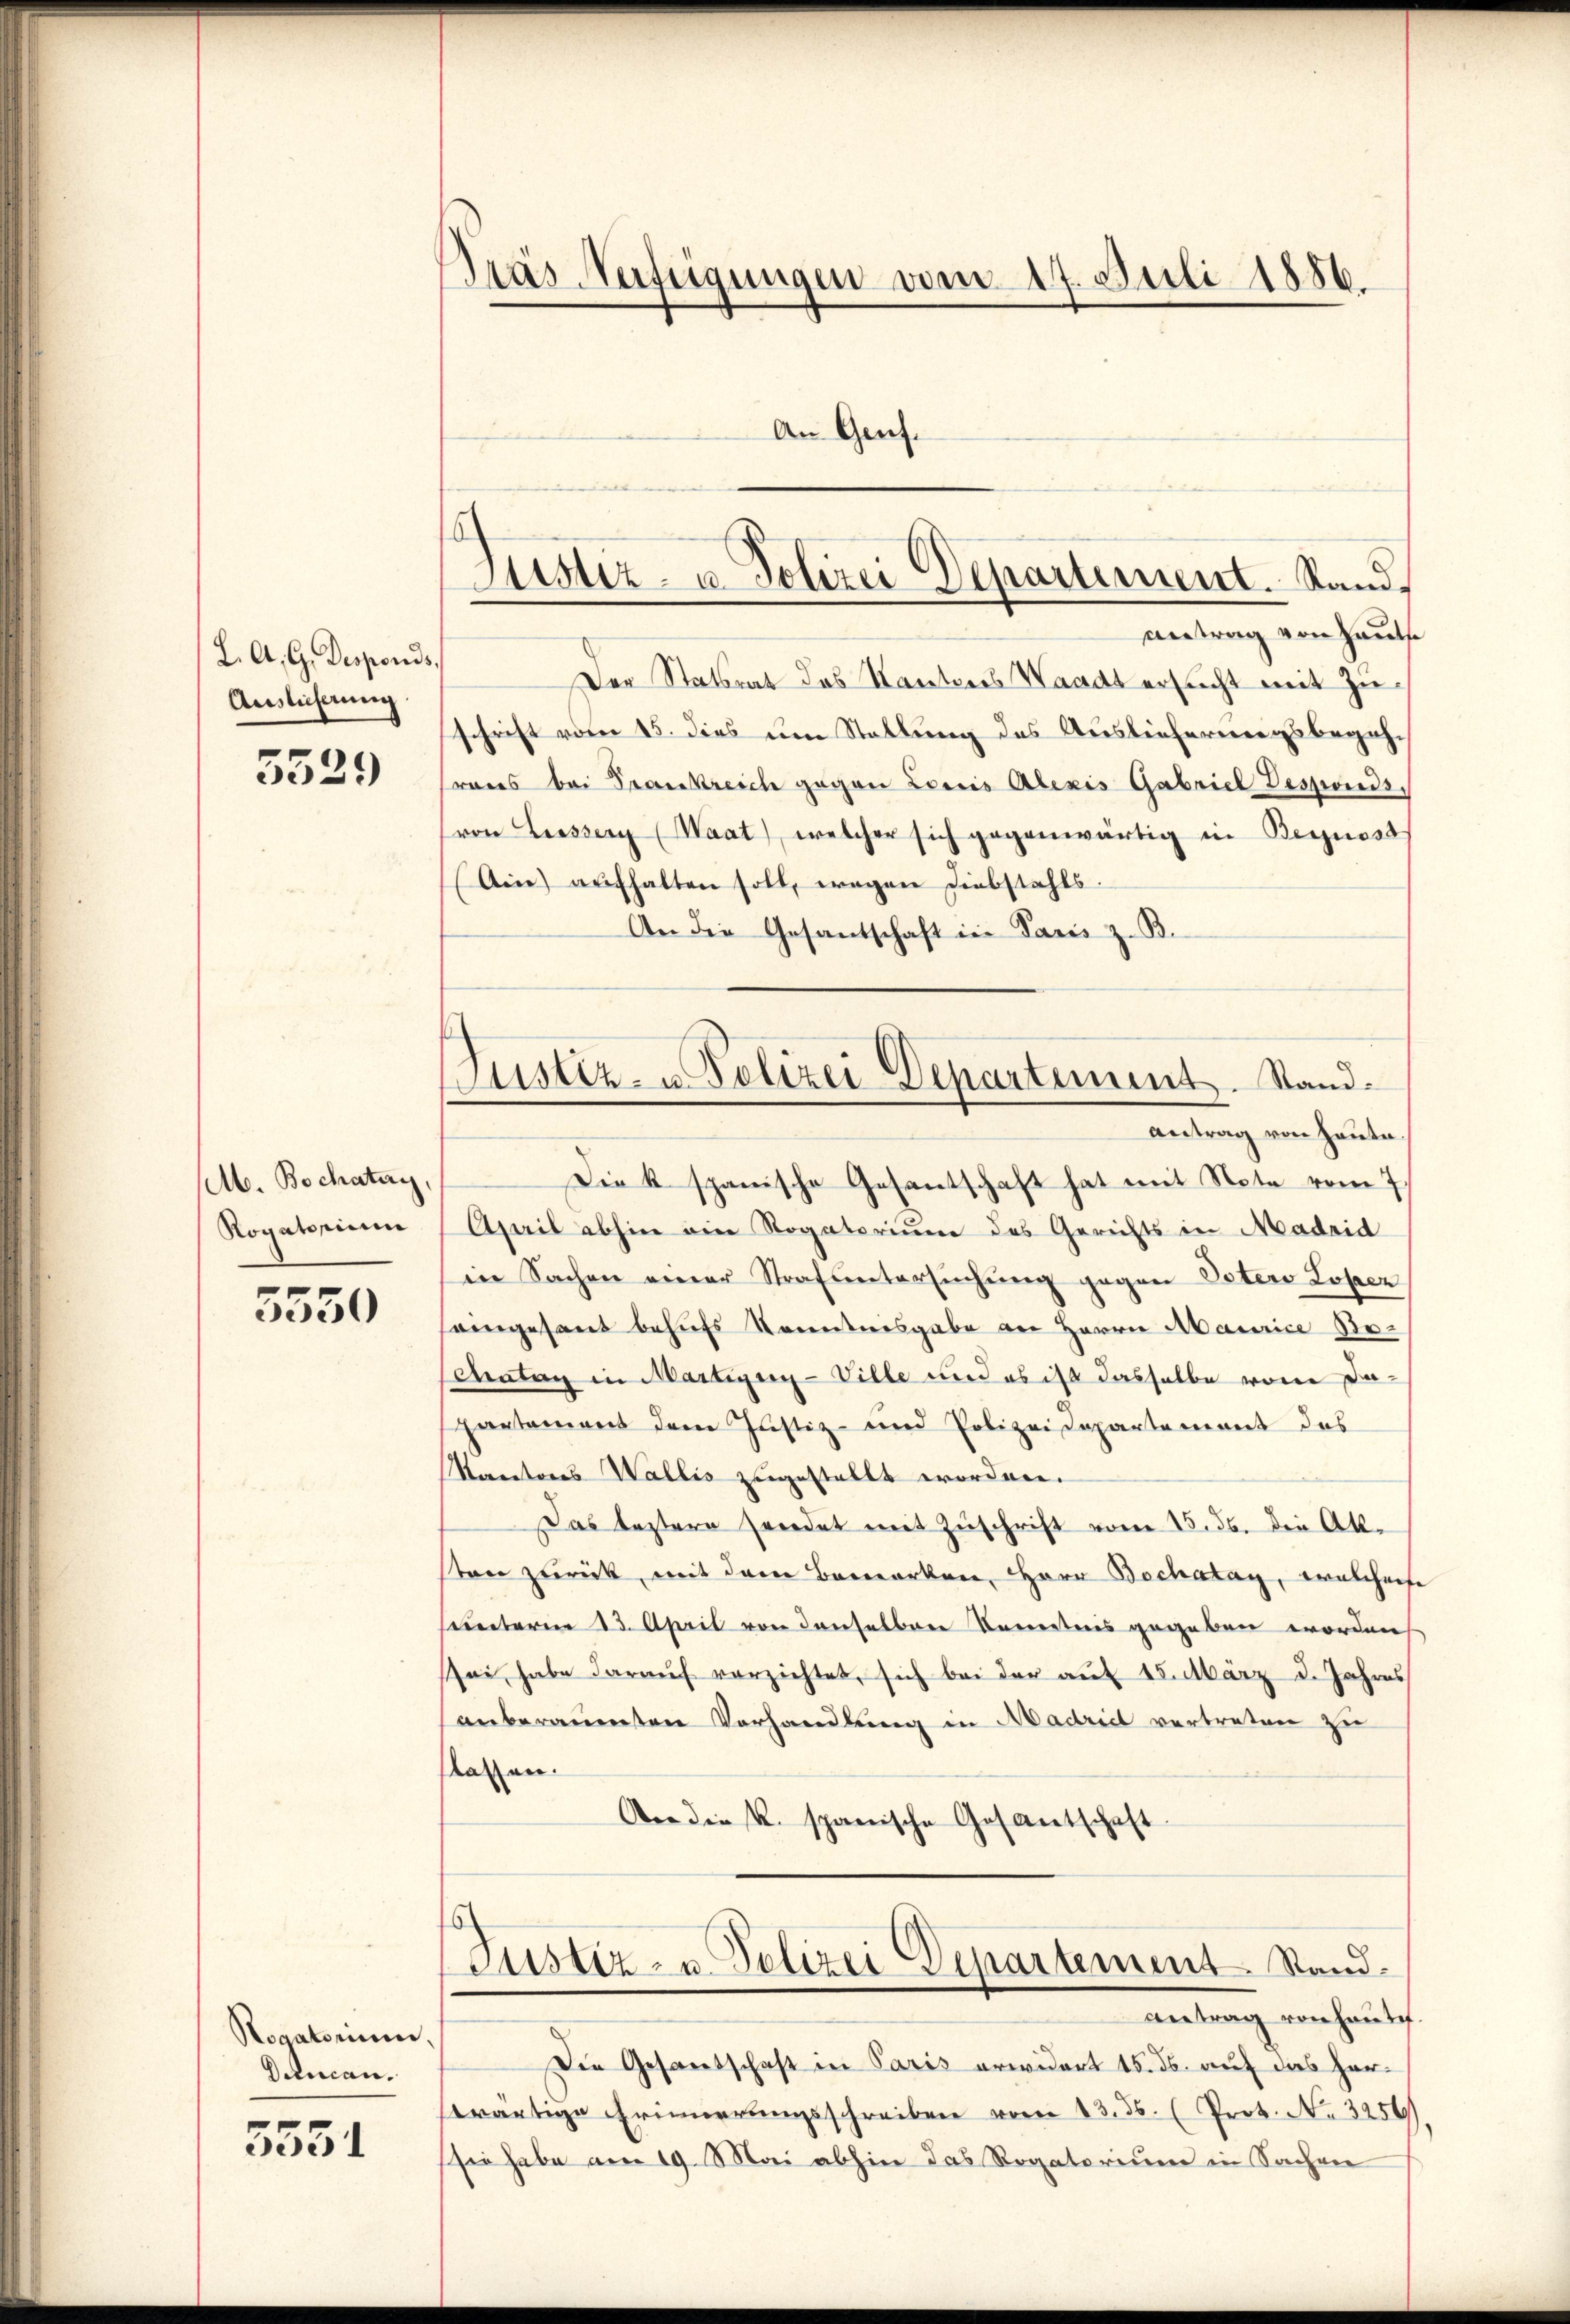
L. A. G. Desponds,
Auslieferung

3529

Ab. Bochatay,
Rogatorium

5550

Rogatorium.
Dencan.

5551

ras Verfügungen vom 17. Juli 1886.

An Genf.

Justiz- u. Polizei Departement. Stand,
antrag von Hausse

Justiz- u. Polizei Departement. Stand.
Antrag von Haute

Der Statsrat das Kantons Waadt ersucht mit Zu
schrift vom 15. dies um Stellung des Auslieferungsbegehrars bei Frankreich gegen Loris Alexis Gabriel Desponds.
von Liessern (Maat), welcher sich gegenwärtig in Bernoss
Ain) aufhalten soll, wegen Diebstahls.
An die Gesantschaft in Paris z. B.
Die k. spanische Gesantschaft hat mit Note vom 7.
April abhin ein Rogatorium des Gerichts in Madrid
in Sachen einer Strafuntersŭchŭng gegen Petero Loszez
seingesant behufs Kenntnisgabe an Herrn Maurice Becatag in Martigen-Ville und es ist dasselbe von da-
partement dem Justiz- und Polizeidepartement des
Kantones Wallis zugestellt worden.
Das leztere sendet mit Zuschrift vom 15. ds. die Akt.
sten zurück, mit dem Bemerken, Herr Bochatag, welches
unterm 13. April von denselbare Kenntnis gegeben worden
sei, habe darauf verzichtet, sich bei der aŭf 15. März d. Jahres
anberauenten Vorhandlung in Madrich vertreten zu
salten.
An die u. spanische Gesantschaft
Justiz- u. Polizei Departement. Stand
antrag von haut.
Die Gesandschaft in Paris erwidert 15. ds. auf das Herwärtige Erinnerungsschreiben vom 13. ds. (Prot. No. 3256).
sie habe am 19. Mai abhin das Rogatorium in Sachen